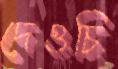
দেওচি